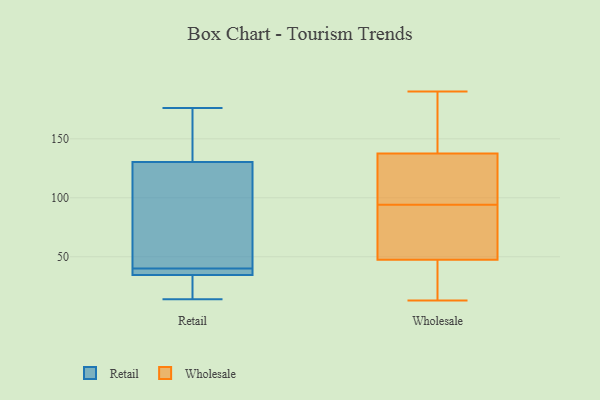
{"axis": {"x": "Page Views", "y": "Value"}, "legend": ["Retail", "Wholesale"], "data": [{"x": "", "y": 39, "type": "Retail"}, {"x": "", "y": 14, "type": "Retail"}, {"x": "", "y": 31, "type": "Retail"}, {"x": "", "y": 33, "type": "Retail"}, {"x": "", "y": 61, "type": "Retail"}, {"x": "", "y": 151, "type": "Retail"}, {"x": "", "y": 35, "type": "Retail"}, {"x": "", "y": 105, "type": "Retail"}, {"x": "", "y": 38, "type": "Retail"}, {"x": "", "y": 171, "type": "Retail"}, {"x": "", "y": 149, "type": "Retail"}, {"x": "", "y": 40, "type": "Retail"}, {"x": "", "y": 35, "type": "Retail"}, {"x": "", "y": 28, "type": "Retail"}, {"x": "", "y": 41, "type": "Retail"}, {"x": "", "y": 176, "type": "Retail"}, {"x": "", "y": 124, "type": "Retail"}, {"x": "", "y": 20, "type": "Wholesale"}, {"x": "", "y": 93, "type": "Wholesale"}, {"x": "", "y": 182, "type": "Wholesale"}, {"x": "", "y": 126, "type": "Wholesale"}, {"x": "", "y": 190, "type": "Wholesale"}, {"x": "", "y": 135, "type": "Wholesale"}, {"x": "", "y": 128, "type": "Wholesale"}, {"x": "", "y": 134, "type": "Wholesale"}, {"x": "", "y": 152, "type": "Wholesale"}, {"x": "", "y": 13, "type": "Wholesale"}, {"x": "", "y": 94, "type": "Wholesale"}, {"x": "", "y": 50, "type": "Wholesale"}, {"x": "", "y": 69, "type": "Wholesale"}, {"x": "", "y": 145, "type": "Wholesale"}, {"x": "", "y": 40, "type": "Wholesale"}, {"x": "", "y": 35, "type": "Wholesale"}, {"x": "", "y": 78, "type": "Wholesale"}]}